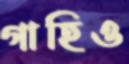
গাহিও